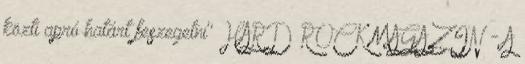
közti apró határt feszegetni" HARD ROCK MAGAZIN - A